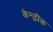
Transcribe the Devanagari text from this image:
केन्ड्रीक